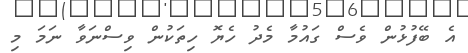
އެ ބޭފުޅުން ވެސް ގައުމާ މެދު ހެޔޮ ހިތަކުން ވިސްނަވާ ނަމަ މި